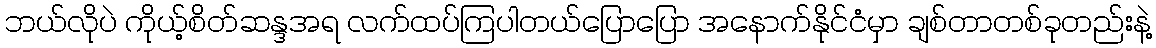
ဘယ်လိုပဲ ကိုယ့်စိတ်ဆန္ဒအရ လက်ထပ်ကြပါတယ်ပြောပြော အနောက်နိုင်ငံမှာ ချစ်တာတစ်ခုတည်းနဲ့